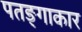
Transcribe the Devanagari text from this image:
पतङ्गाकार